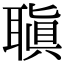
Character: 𦗀